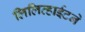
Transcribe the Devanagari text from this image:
लिलिव्हाईटने